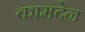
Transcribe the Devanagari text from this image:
कामदेन